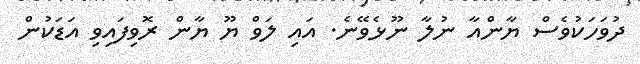
ދުވަހަކުވެސް ޔާންއާ ނުލާ ނޫޅެވޭނެ. އައި ލަވް ޔޫ ޔާން ރޮވިފައިވި އަޑަކުން